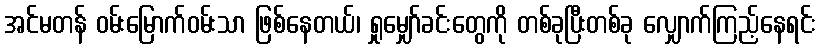
အင်မတန် ဝမ်းမြောက်ဝမ်းသာ ဖြစ်နေတယ်၊ ရှုမျှော်ခင်းတွေကို တစ်ခုပြီးတစ်ခု လျှောက်ကြည့်နေရင်း